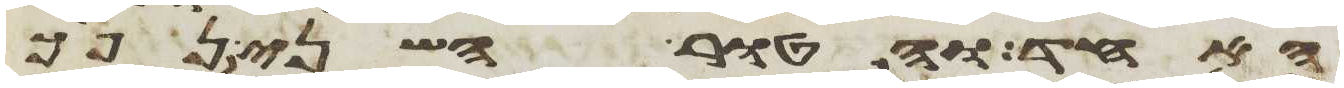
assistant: האחד והטור השני נפך